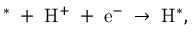
\mathrm { ^ { * } \; + \; H ^ { + } \; + \; e ^ { - } \; \rightarrow \; H ^ { * } } ,